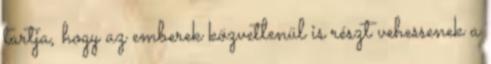
tartja, hogy az emberek közvetlenül is részt vehessenek a